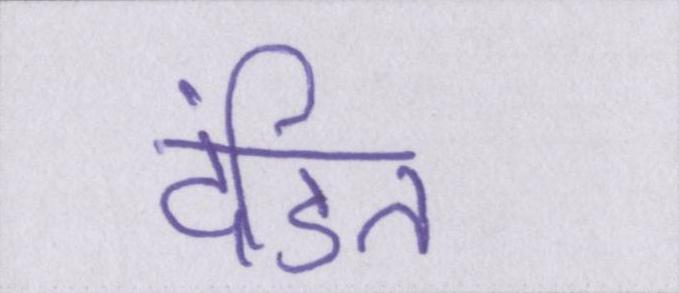
दंडित